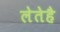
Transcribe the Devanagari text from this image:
लेतेहै